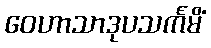
ဝေဟာသာဒုပသင်္ကမိံ